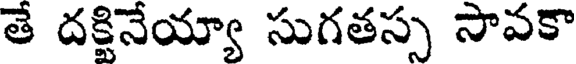
తే దక్టినేయ్యా సుగతస్స సావకా